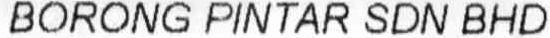
BORONG PINTAR SDN BHD